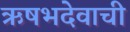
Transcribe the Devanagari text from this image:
ऋषभदेवाची